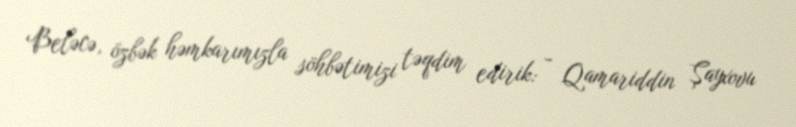
Beləcə, özbək həmkarımızla söhbətimizi təqdim edirik: - Qamariddin Şayxovu